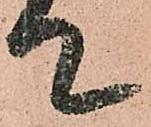
て